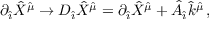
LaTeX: \partial _ { \hat { \imath } } { \hat { X } } ^ { \hat { \mu } } \rightarrow D _ { \hat { \imath } } { \hat { X } } ^ { \hat { \mu } } = \partial _ { \hat { \imath } } { \hat { X } } ^ { \hat { \mu } } + { \hat { A } } _ { \hat { \imath } } { \hat { k } } ^ { \hat { \mu } } \, ,